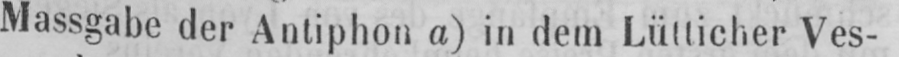
Massgabe der Antiphon a) in dem Lütticher Ves-